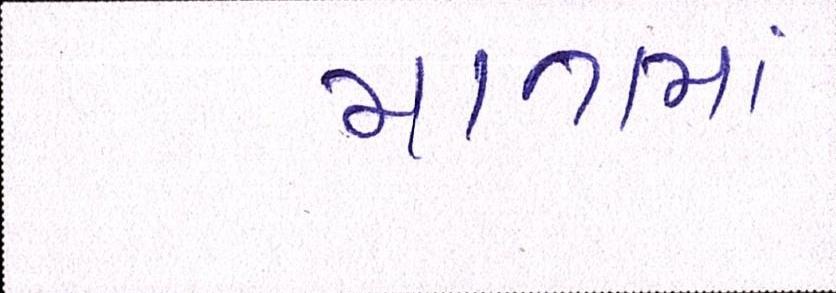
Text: માતામાં